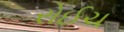
રોઈચ